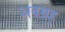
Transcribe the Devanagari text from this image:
अवग्रह्